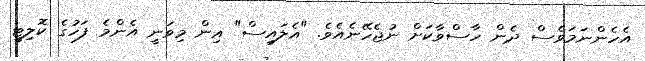
އެހެންނަމަވެސް ދެން ހާސްވާކަށް ނުޖެހޭނެއެވެ. "އެލައިސް" އިން މިވަނީ އެންމެ ފަހުގެ ކޮލިޓީ